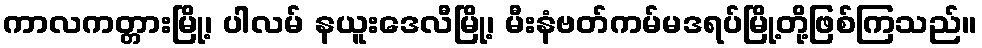
ကာလကတ္တားမြို့၊ ပါလမ် နယူးဒေလီမြို့၊ မီးနံဗတ်ကမ်မဒရပ်မြို့တို့ဖြစ်ကြသည်။